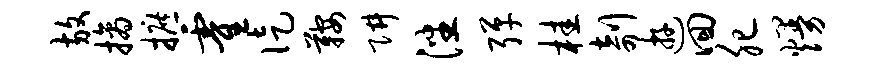
放摘摭霍徒鞍阱潘弹桂剞游回肥熳